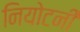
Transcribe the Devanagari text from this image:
नियोटनी